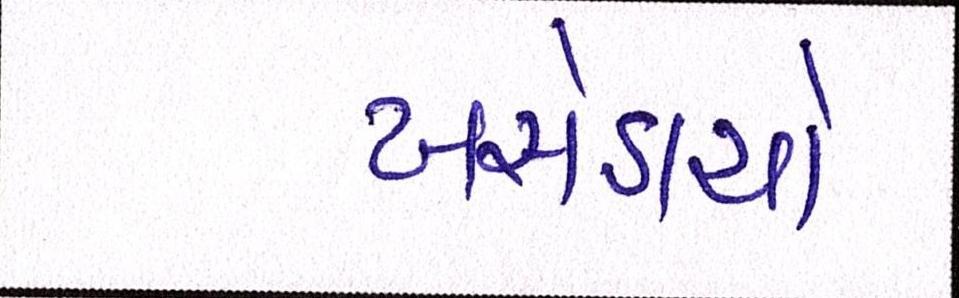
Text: ખસેડાયો